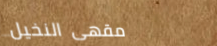
مقهى النخيل